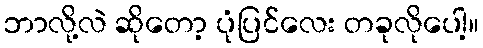
ဘာလို့လဲ ဆိုတော့ ပုံပြင်လေး တခုလိုပေါ့။